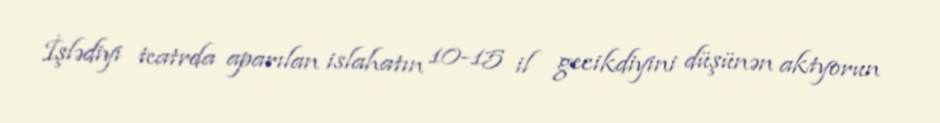
İşlədiyi teatrda aparılan islahatın 10-15 il gecikdiyini düşünən aktyorun